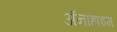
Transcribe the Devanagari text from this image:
अॅनाहाइम